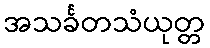
အသင်္ခတသံယုတ္တ